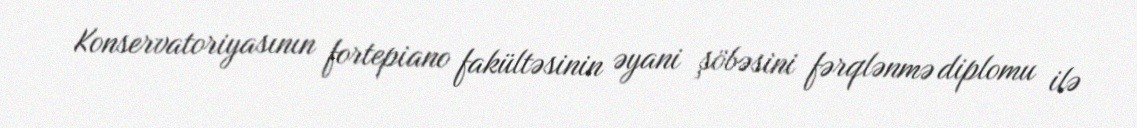
Konservatoriyasının fortepiano fakültəsinin əyani şöbəsini fərqlənmə diplomu ilə